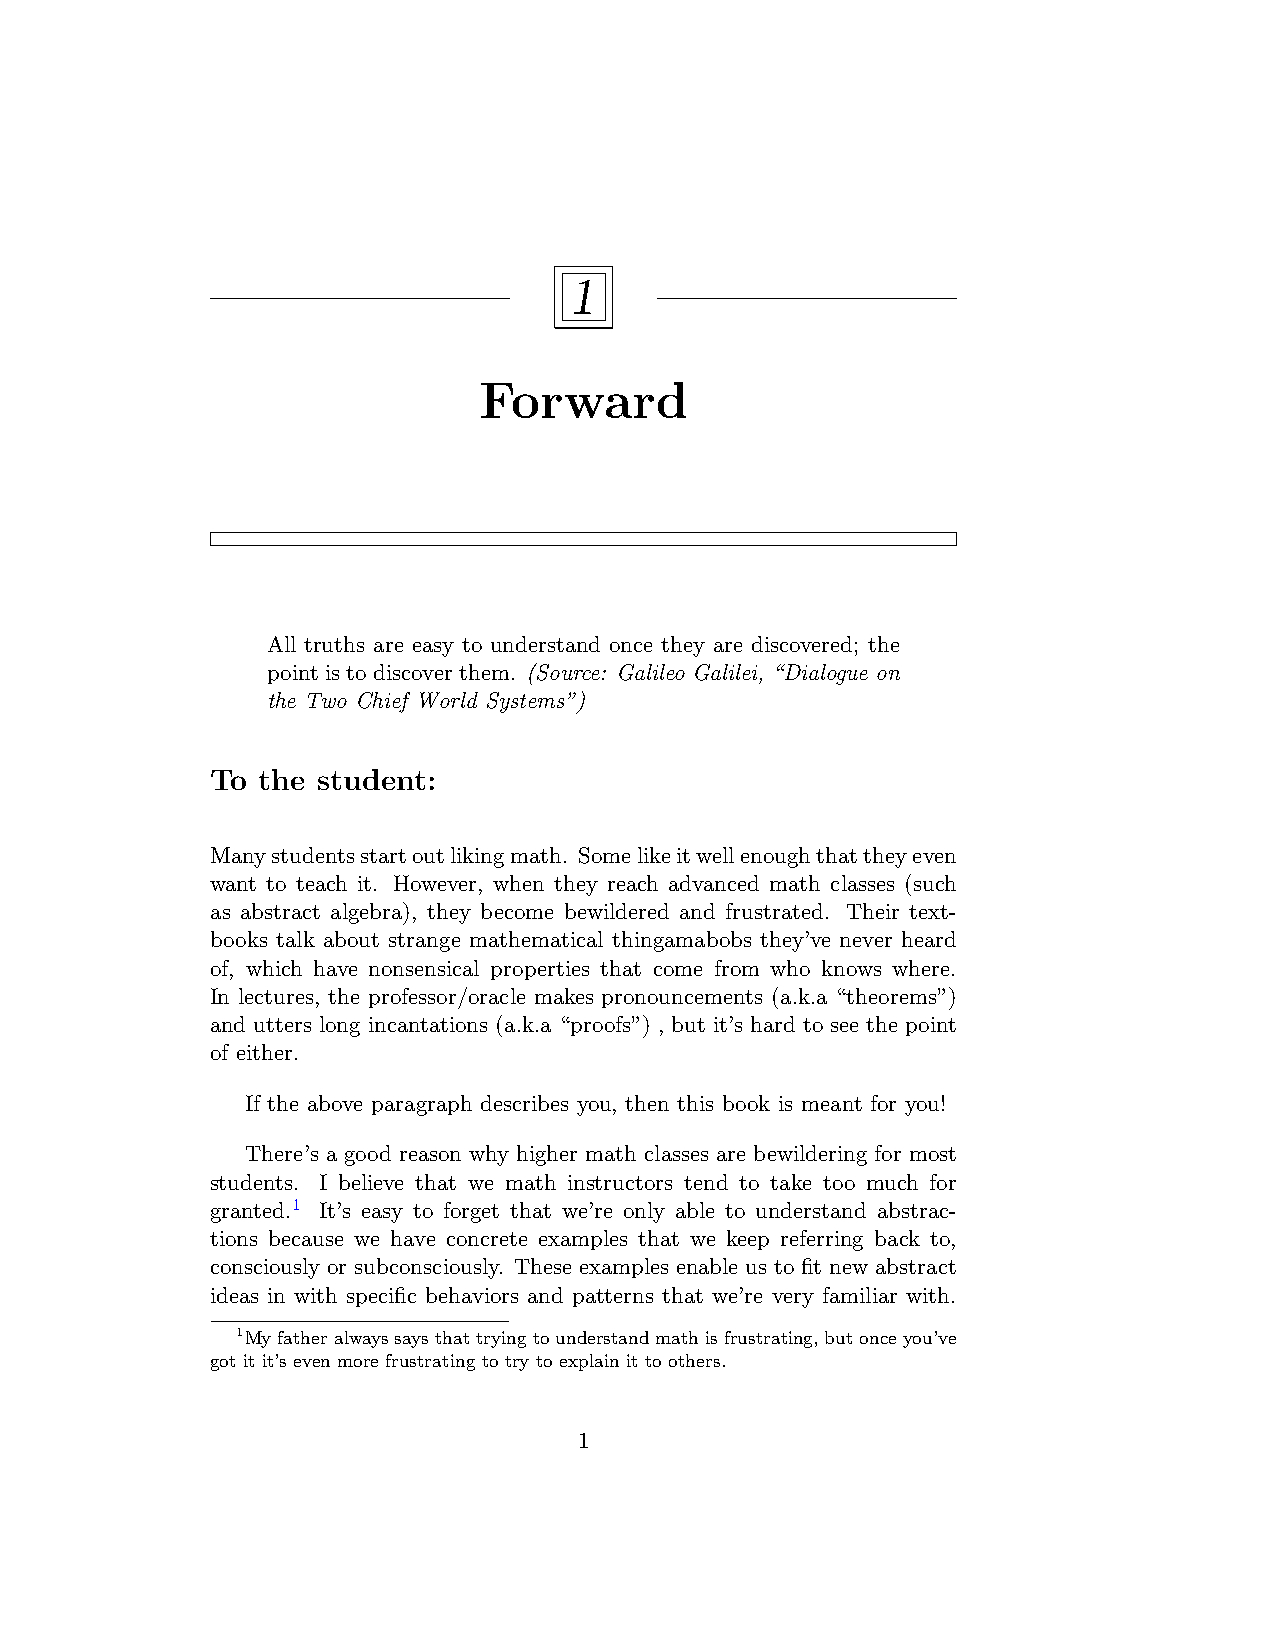
1
 Forward
 All truths are easy to understand once they are discovered; the
 point is to discover them. (Source: Galileo Galilei, “Dialogue on
 the Two Chief World Systems”)
 To the student:
 Manystudentsstartoutlikingmath. Somelikeitwellenoughthattheyeven
 want to teach it. However, when they reach advanced math classes (such
 as abstract algebra), they become bewildered and frustrated. Their text-
 books talk about strange mathematical thingamabobs they’ve never heard
 of, which have nonsensical properties that come from who knows where.
 In lectures, the professor/oracle makes pronouncements (a.k.a “theorems”)
 and utters long incantations (a.k.a “proofs”) , but it’s hard to see the point
 of either.
 If the above paragraph describes you, then this book is meant for you!
 There’s a good reason why higher math classes are bewildering for most
 students. I believe that we math instructors tend to take too much for
 granted.1 It’s easy to forget that we’re only able to understand abstrac-
 tions because we have concrete examples that we keep referring back to,
 consciously or subconsciously. These examples enable us to fit new abstract
 ideas in with specific behaviors and patterns that we’re very familiar with.
 1Myfatheralwayssaysthattryingtounderstandmathisfrustrating,butonceyou’ve
 got it it’s even more frustrating to try to explain it to others.
 1